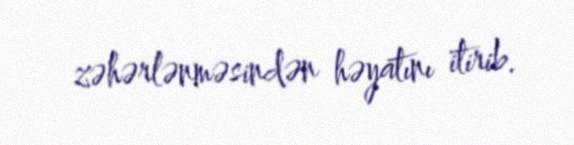
zəhərlənməsindən həyatını itirib.